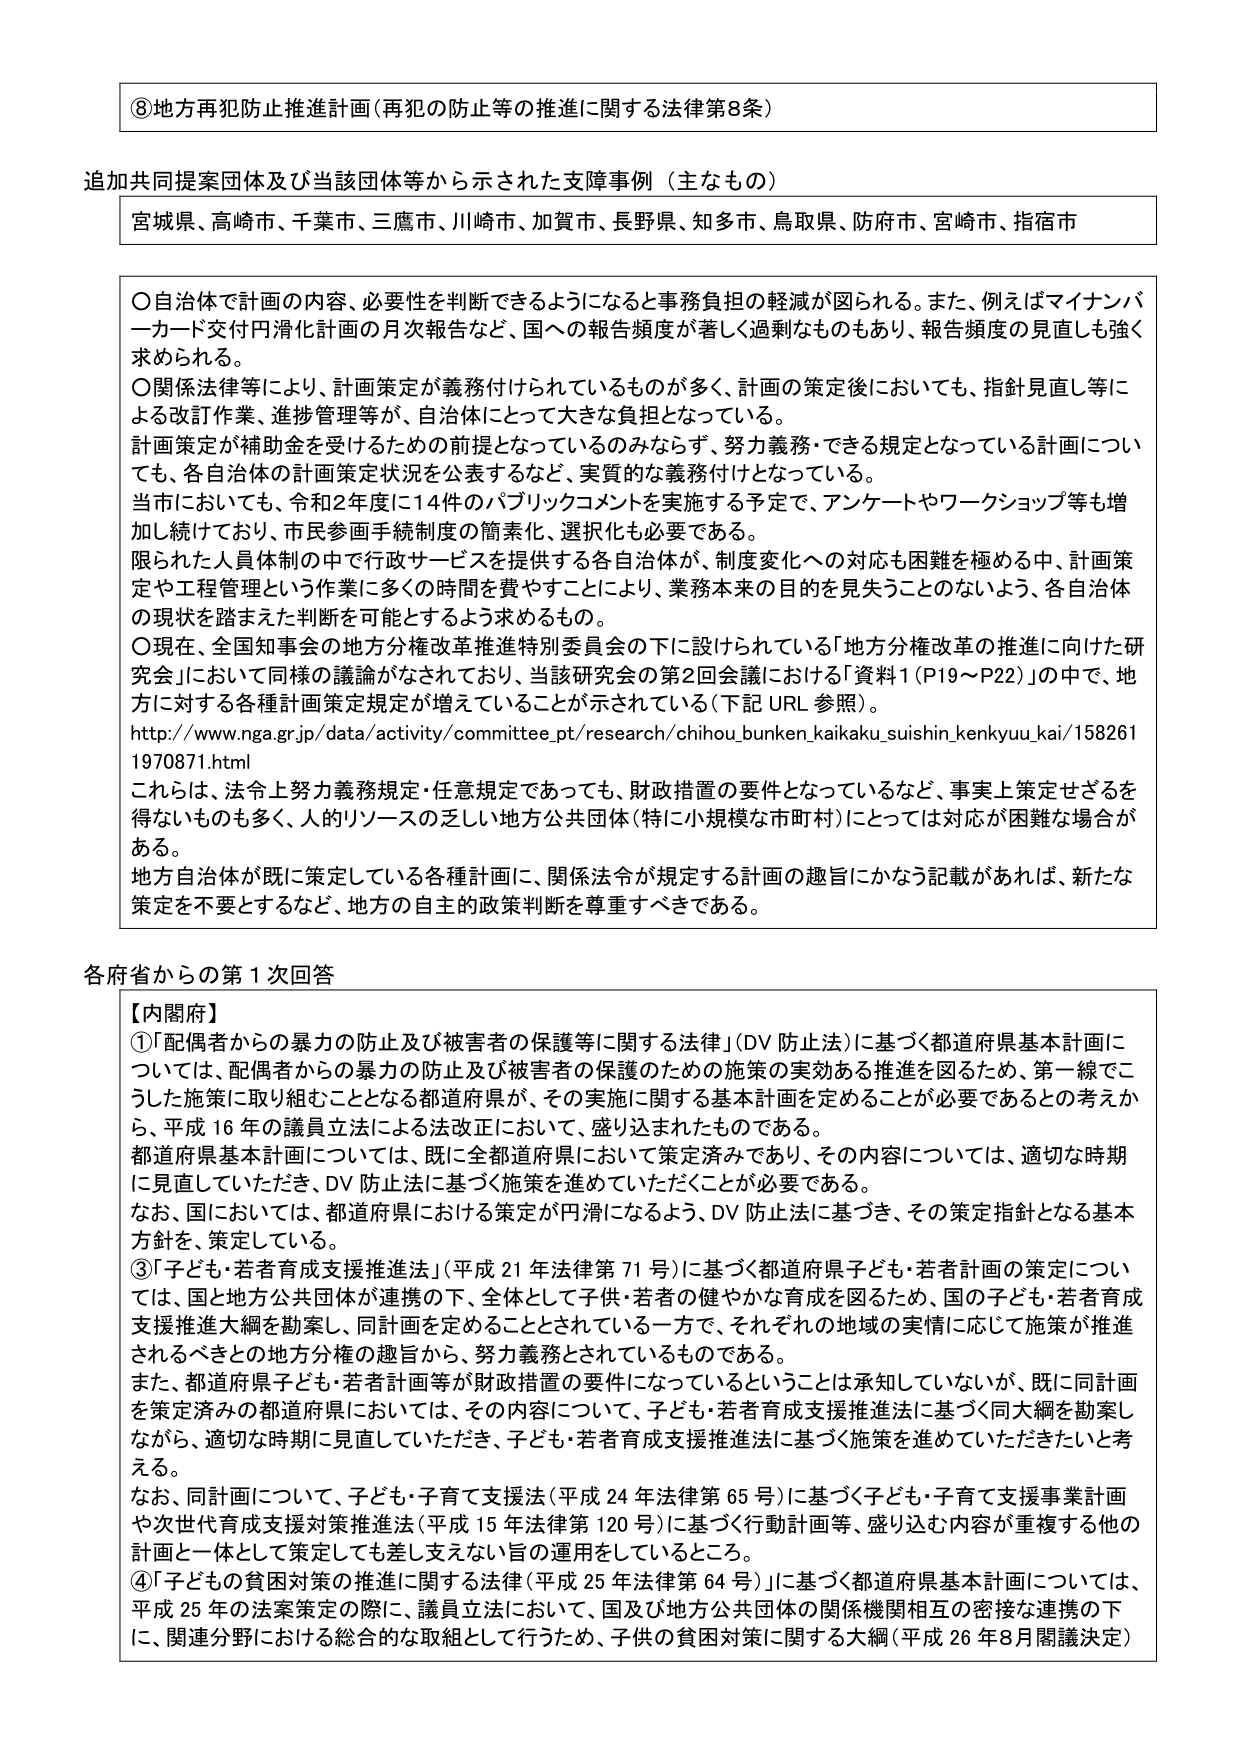
⑧地方再犯防止推進計画（再犯の防止等の推進に関する法律第8条）

追加共同提案団体及び当該団体等から示された支援事例（主なもの）
宮城県、高崎市、千葉市、三鷹市、川崎市、加賀市、長野県、知多市、鳥取県、防府市、宮崎市、指宿市

〇自治体で計画の内容、必要性を判断できるようになると事務負担の軽減が図られる。また、例えばマイナンバーカード交付円滑化計画の月次報告など、国への報告頻度が著しく過剰なものもあり、報告頻度の見直しも強く求められる。
〇関係法律等により、計画策定が義務付けられているものが多く、計画の策定後においても、指針見直し等による改訂作業、進捗管理等が、自治体にとって大きな負担となっている。
計画策定が補助金を受けるための前提となっているのみならず、努力義務・できる規定となっている計画についても、各自治体の計画策定状況を公表するなど、実質的な義務付けとなっている。
当市においても、令和2年度に14件のパブリックコメントを実施する予定で、アンケートやワークショップ等も増加し続けており、市民参画手続制度の簡素化、選択化も必要である。
限られた人員体制の中で行政サービスを提供する各自治体が、制度変化への対応も困難を極める中、計画策定や工程管理という作業に多くの時間を費やすことにより、業務本来の目的を見失うことのないよう、各自治体の現状を踏まえた判断を可能とするよう求めるもの。
〇現在、全国知事会の地方分権改革推進特別委員会の下に設けられている「地方分権改革の推進に向けた研究会」において同様の議論がなされており、当該研究会の第2回会議における「資料1（P19～P22）」の中で、地方に対する各種計画策定規定が増えていくことが示されている（下記URL参照）。
http://www.nga.gr.jp/data/activity/committee_pt/research/chihou_bunken_kaikaku_suishin_kenkyuu_kai/1582611970871.html
これらは、法令上努力義務規定・任意規定であっても、財政措置の要件となっているなど、事実上策定せざるを得ないものも多く、人的リソースの乏しい地方公共団体（特に小規模な市町村）にとっては対応が困難な場合がある。
地方自治体が既に策定している各種計画に、関係法令が規定する計画の趣旨にかなう記載があれば、新たな策定を不要とするなど、地方の自主的政策判断を尊重すべきである。

各府省からの第1次回答

【内閣府】
①「配偶者からの暴力の防止及び被害者の保護等に関する法律」（DV防止法）に基づく都道府県基本計画については、配偶者からの暴力の防止及び被害者の保護のための施策の実効ある推進を図るため、第一線でこうした施策に取り組むこととなる都道府県が、その実施に関する基本計画を定めることが必要であるとの考えから、平成16年の議員立法による法改正において、盛り込まれたものである。
都道府県基本計画については、既に全都道府県において策定済みであり、その内容については、適切な時期に見直していただき、DV防止法に基づく施策を進めていただくことが必要である。
なお、国においては、都道府県における策定が円滑になるよう、DV防止法に基づき、その策定指針となる基本方針を、策定している。
③「子ども・若者育成支援推進法」（平成21年法律第71号）に基づく都道府県子ども・若者計画の策定については、国と地方公共団体が連携の下、全体として子供・若者の健やかな育成を図るため、国の子ども・若者育成支援推進大綱を勘案し、同計画を定めることとされている一方で、それぞれの地域の実情に応じて施策が推進されるべきとの地方分権の趣旨から、努力義務とされているものである。
また、都道府県子ども・若者計画等が財政措置の要件になっているということは承知していないが、既に同計画を策定済みの都道府県においては、その内容について、子ども・若者育成支援推進法に基づく同大綱を勘案しながら、適切な時期に見直していただき、子ども・若者育成支援推進法に基づく施策を進めていただきたいと考える。
なお、同計画について、子ども・子育て支援法（平成24年法律第65号）に基づく子ども・子育て支援事業計画や次世代育成支援対策推進法（平成15年法律第120号）に基づく行動計画等、盛り込む内容が重複する他の計画と一体として策定しても差し支えない旨の運用をしているところ。
④「子どもの貧困対策の推進に関する法律（平成25年法律第64号）」に基づく都道府県基本計画については、平成25年の法案策定の際に、議員立法において、国及び地方公共団体の関係機関相互の密接な連携の下に、関連分野における総合的な取組として行うため、子供の貧困対策に関する大綱（平成26年8月閣議決定）